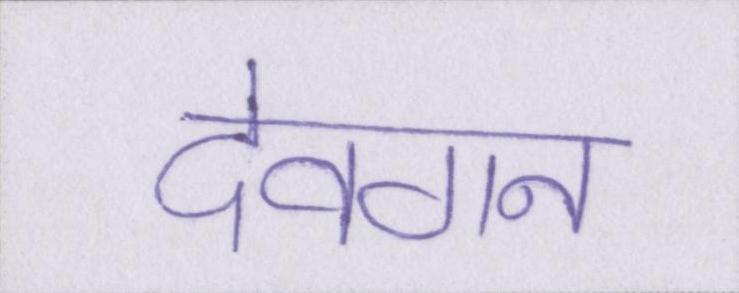
देवगन